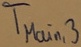
Text: TMain,3